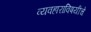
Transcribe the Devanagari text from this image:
व्यवहाराविषयीचे